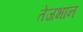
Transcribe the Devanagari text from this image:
तेजभान